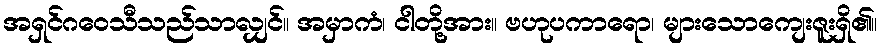
အရှင်ဂဝေသီသည်သာလျှင်။ အမှာကံ၊ ငါတို့အား။ ဗဟုပကာရော၊ များသောကျေးဇူးရှိ၏။